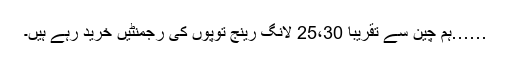
……ہم چین سے تقریباً 25،30 لانگ رینج توپوں کی رجمنٹیں خرید رہے ہیں۔